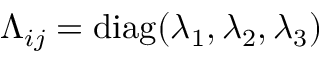
\Lambda _ { i j } = \mathrm { d i a g } ( \lambda _ { 1 } , \lambda _ { 2 } , \lambda _ { 3 } )